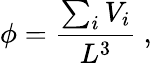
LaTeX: \phi=\frac{\sum_{i}V_{i}}{L^{3}}\ ,